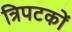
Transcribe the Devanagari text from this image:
त्रिपटकों